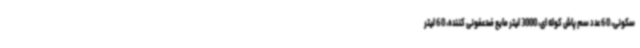
سکونی، 60 عدد سم پاش کوله ای، 3000 لیتر مایع ضدعفونی کننده، 60 لیتر